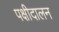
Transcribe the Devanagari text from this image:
पक्षीदालन